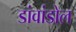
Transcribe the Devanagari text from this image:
डांवांडोल